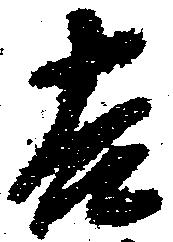
吉